Document type: Dowry acquittance
Year: 1427
Scribe: Pere Tarafa
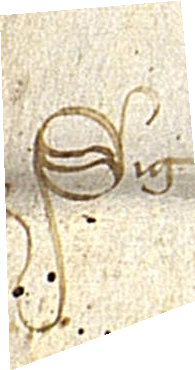
Sig